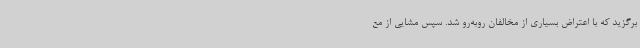
برگزید که با اعتراض بسیاری از مخالفان روبه‌رو شد. سپس مشایی از مع